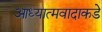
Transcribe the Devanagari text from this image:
आध्यात्मवादाकडे